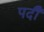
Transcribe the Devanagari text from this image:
पदीँ